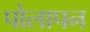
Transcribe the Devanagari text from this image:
पोलापन